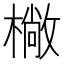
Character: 𣚿